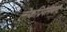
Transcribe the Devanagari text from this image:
लोकप्रियतावाद